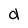
Character: a